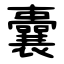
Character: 囊